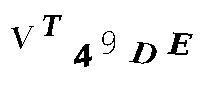
VT49DE